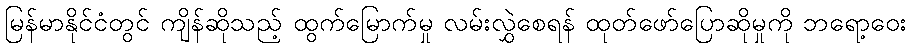
မြန်မာနိုင်ငံတွင် ကျိန်ဆိုသည့် ထွက်မြောက်မှု လမ်းလွှဲစေရန် ထုတ်ဖော်ပြောဆိုမှုကို ဘရော့ဝေး